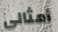
أمثالي